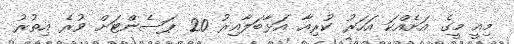
މިއީ މީގެ އަށެއްކަ އަހަރު ކުރިއާ އަޅާބަލާއިރު 20 ޕަސެންޓަށް ވުރެ އިތުރު